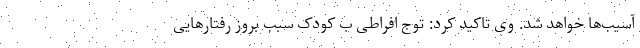
آسیب‌ها خواهد شد. وی تاکید کرد: توج افراطی ب کودک سبب بروز رفتارهایی